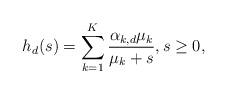
LaTeX: \begin{align*}h_d(s) = \sum_{k=1}^K \frac{\alpha_{k,d} \mu_k}{\mu_k + s}, s\geq 0,\end{align*}